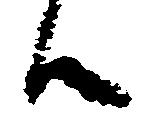
候